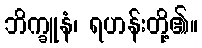
ဘိက္ခူနံ၊ ရဟန်းတို့၏။